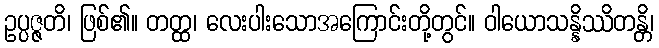
ဥပ္ပဇ္ဇတိ၊ ဖြစ်၏။ တတ္ထ၊ လေးပါးသောအကြောင်းတို့တွင်။ ဝါယောသန္နိဿိတန္တိ၊